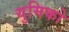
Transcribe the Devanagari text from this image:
युमिको